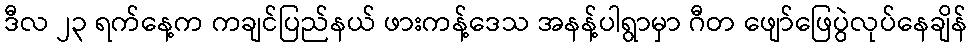
ဒီလ ၂၃ ရက်နေ့က ကချင်ပြည်နယ် ဖားကန့်ဒေသ အနန့်ပါရွာမှာ ဂီတ ဖျော်ဖြေပွဲလုပ်နေချိန်